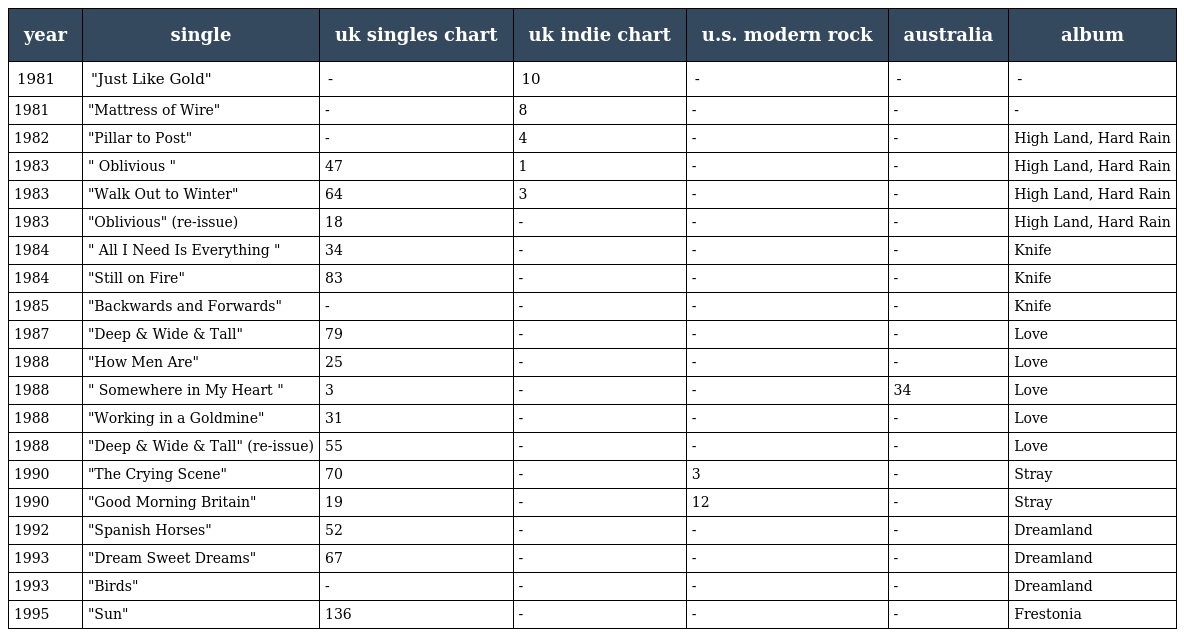
| year | single | uk singles chart | uk indie chart | u.s. modern rock | australia | album |
 | --- | --- | --- | --- | --- | --- | --- |
 | 1981 | "Just Like Gold" | - | 10 | - | - | - |
 | 1981 | "Mattress of Wire" | - | 8 | - | - | - |
 | 1982 | "Pillar to Post" | - | 4 | - | - | High Land, Hard Rain |
 | 1983 | " Oblivious " | 47 | 1 | - | - | High Land, Hard Rain |
 | 1983 | "Walk Out to Winter" | 64 | 3 | - | - | High Land, Hard Rain |
 | 1983 | "Oblivious" (re-issue) | 18 | - | - | - | High Land, Hard Rain |
 | 1984 | " All I Need Is Everything " | 34 | - | - | - | Knife |
 | 1984 | "Still on Fire" | 83 | - | - | - | Knife |
 | 1985 | "Backwards and Forwards" | - | - | - | - | Knife |
 | 1987 | "Deep & Wide & Tall" | 79 | - | - | - | Love |
 | 1988 | "How Men Are" | 25 | - | - | - | Love |
 | 1988 | " Somewhere in My Heart " | 3 | - | - | 34 | Love |
 | 1988 | "Working in a Goldmine" | 31 | - | - | - | Love |
 | 1988 | "Deep & Wide & Tall" (re-issue) | 55 | - | - | - | Love |
 | 1990 | "The Crying Scene" | 70 | - | 3 | - | Stray |
 | 1990 | "Good Morning Britain" | 19 | - | 12 | - | Stray |
 | 1992 | "Spanish Horses" | 52 | - | - | - | Dreamland |
 | 1993 | "Dream Sweet Dreams" | 67 | - | - | - | Dreamland |
 | 1993 | "Birds" | - | - | - | - | Dreamland |
 | 1995 | "Sun" | 136 | - | - | - | Frestonia |